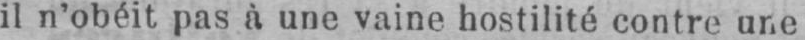
il n’obéit pas à une vaine hostilité contre une